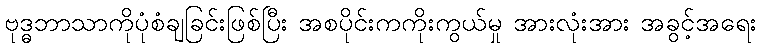
ဗုဒ္ဓဘာသာကိုပုံစံချခြင်းဖြစ်ပြီး အစပိုင်းကကိုးကွယ်မှု အားလုံးအား အခွင့်အရေး